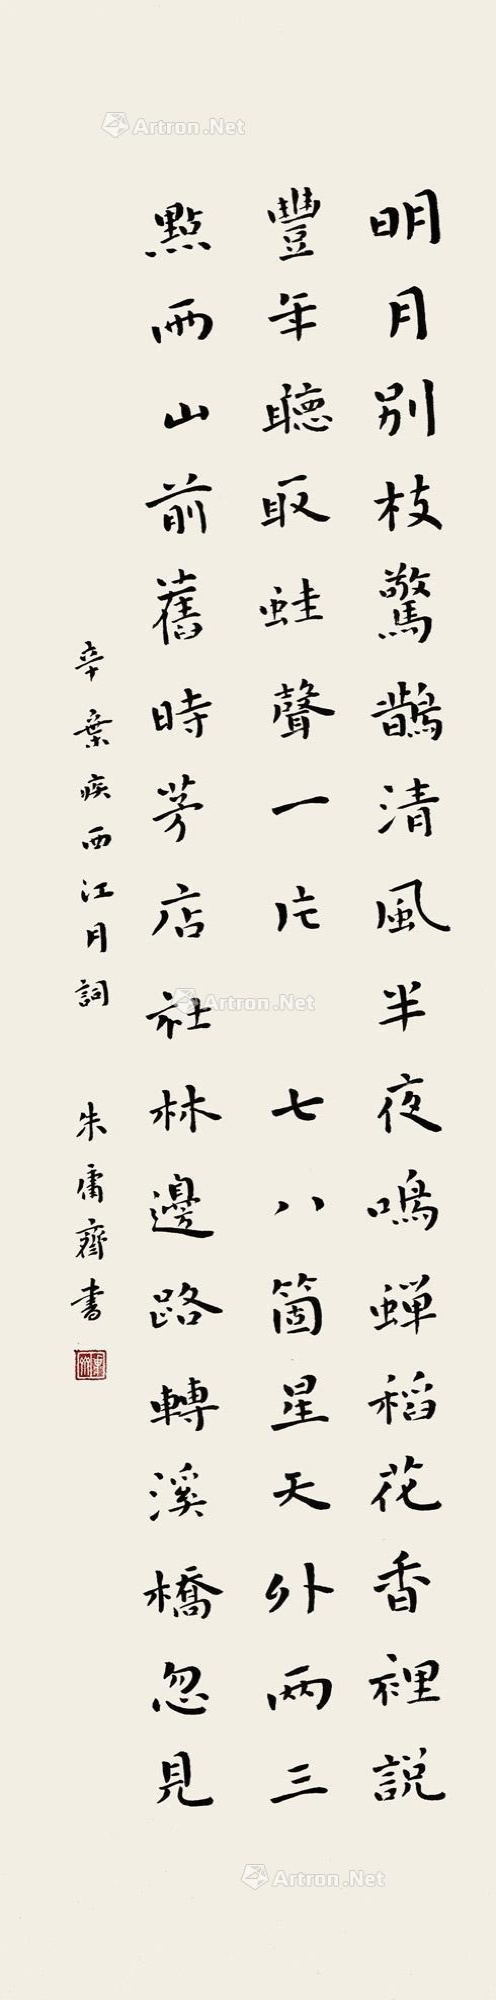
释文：明月别枝惊鹊，清风半夜鸣蝉。稻花香里说丰年，听取蛙声一片。七八个星天外，两三点雨山前。旧时茅店社林边，路转溪桥忽见。辛弃疾《西江月》词。朱庸斋书。